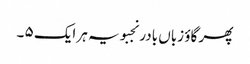
پھر گاؤ زباں بادر نجبویہ ہر ایک ۵ ۔